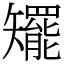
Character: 矲